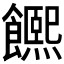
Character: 𩟄